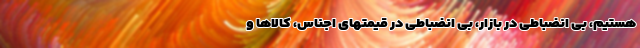
هستیم، بی انضباطی در بازار، بی انضباطی در قیمتهای اجناس، کالاها و